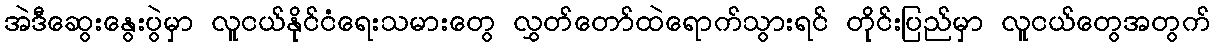
အဲဒီဆွေးနွေးပွဲမှာ လူငယ်နိုင်ငံရေးသမားတွေ လွှတ်တော်ထဲရောက်သွားရင် တိုင်းပြည်မှာ လူငယ်တွေအတွက်